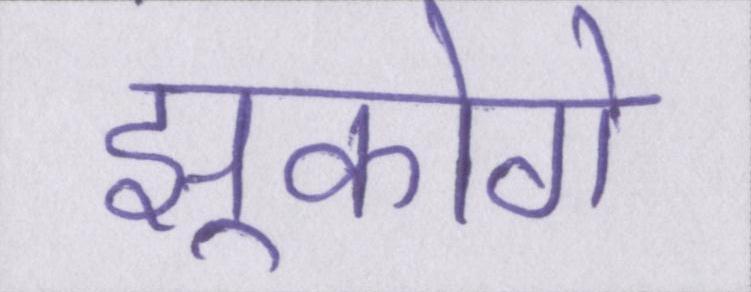
झुकोगे